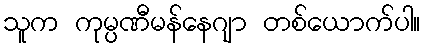
သူက ကုမ္ပဏီမန်နေဂျာ တစ်ယောက်ပါ။